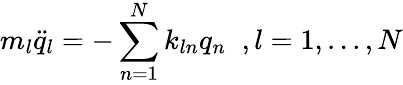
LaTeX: m_{l}\ddot{q}_{l}=-\sum_{n=1}^{N}k_{ln}q_{n}\; \; ,l=1,...,N